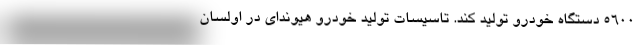
5600 دستگاه خودرو تولید کند. تاسیسات تولید خودرو هیوندای در اولسان